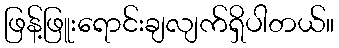
ဖြန့်ဖြူးရောင်းချလျက်ရှိပါတယ်။